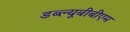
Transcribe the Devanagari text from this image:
डब्ल्यूबीबीएम